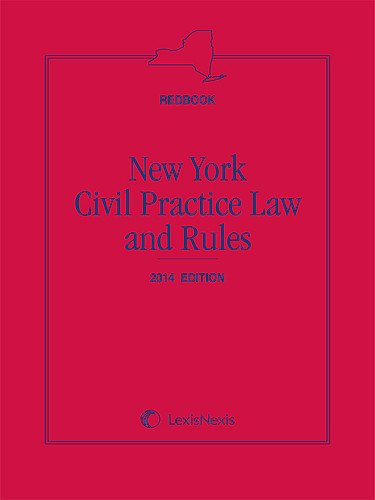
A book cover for New York Civil Practice Law and Rules (Redbook), 2014 Edition: Contains the Full Text of the Civil Practice Law and Rules; Lexisnexis; Law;